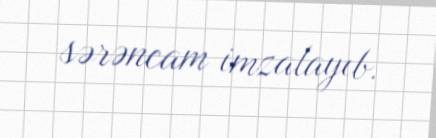
sərəncam imzalayıb.